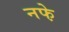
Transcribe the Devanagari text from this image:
नफे़